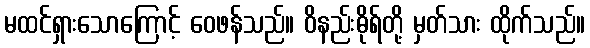
မထင်ရှားသောကြောင့် ဝေဖန်သည်။ ဝိနည်းဓိုရ်တို့ မှတ်သား ထိုက်သည်။